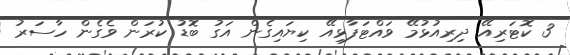
3 ކޮޓަރިިއޭ ދިރިިއުޅުމޭ ވައްޓަފާޅިިއޭ ކިޔައިިގެން އަގު ބޮޑު ކުރަން ވެގެން ހާސަރު